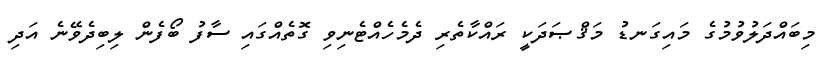
މިބައްދަލުވުމުގެ މައިގަނޑު މަޤްޞަދަކީ ރައްކާތެރި ދެމެހެއްޓެނިވި ގޮތެއްގައި ސާފު ބޯފެން ލިބިދެވޭނެ އަދި